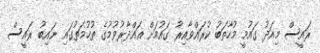
ރައީސް މިއަދު ގައުމީ މުހާތަބު ކުރައްވާއިރު ގައުމަށް ޣައްދާރުވުމުގެ ތުހުމަތުގައި ނައިބު ރައީސް